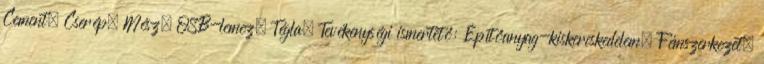
Cement, Cserép, Mész, OSB-lemez, Tégla, Tevékenységi ismertető: Építőanyag-kiskereskedelem. Fémszerkezet.